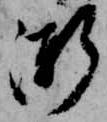
漸